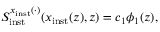
S _ { \mathrm { i n s t } } ^ { x _ { \mathrm { i n s t } } ( \cdot ) } ( x _ { \mathrm { i n s t } } ( z ) , z ) = c _ { 1 } \phi _ { 1 } ( z ) ,